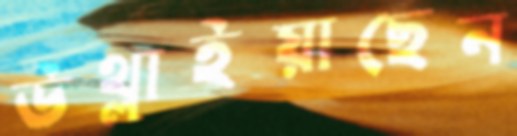
উথ্‌লাইয়াছেন